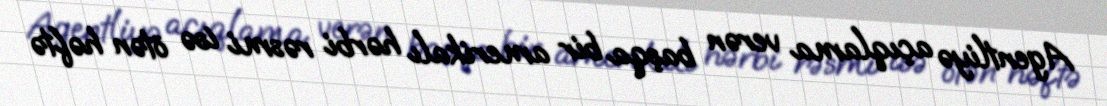
Agentliyə açıqlama verən başqa bir amerikalı hərbi rəsmi isə ötən həftə